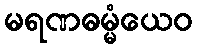
မရဏဓမ္မံယေဝ